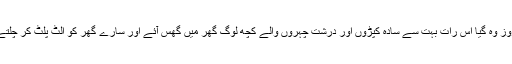
جس روز وہ گیا اس رات بہت سے سادہ کپڑوں اور درشت چہروں والے کچھ لوگ گھر میں گھس آئے اور سارے گھر کو الٹ پلٹ کر چلتے بنے۔